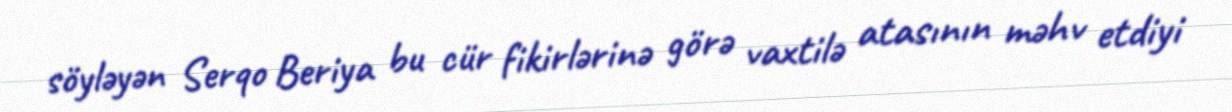
söyləyən Serqo Beriya bu cür fikirlərinə görə vaxtilə atasının məhv etdiyi